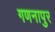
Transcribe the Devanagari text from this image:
गणनापुर